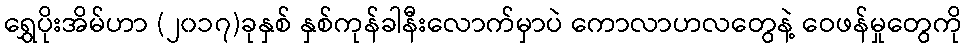
ရွှေပိုးအိမ်ဟာ (၂၀၁၇)ခုနှစ် နှစ်ကုန်ခါနီးလောက်မှာပဲ ကောလာဟလတွေနဲ့ ဝေဖန်မှုတွေကို